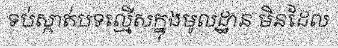
ទប់ស្កាត់បទល្មើសក្នុងមូលដ្ឋាន មិនដែល